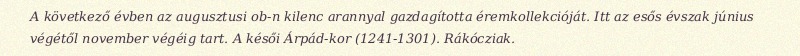
A következő évben az augusztusi ob-n kilenc arannyal gazdagította éremkollekcióját. Itt az esős évszak június végétől november végéig tart. A késői Árpád-kor (1241-1301). Rákócziak.